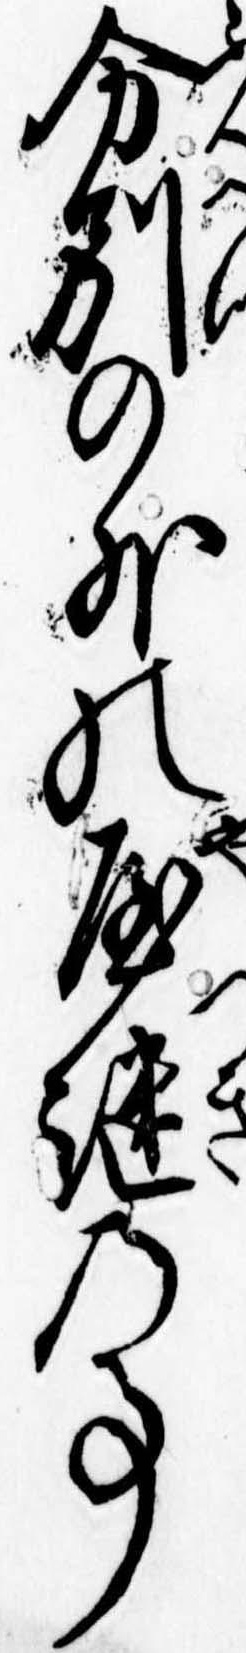
分別の外の屋継の事